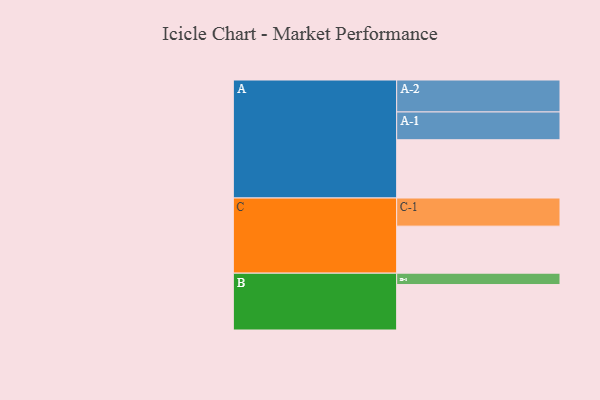
{"axis": {"x": "Segment", "y": "Value"}, "legend": ["", "A", "B", "C"], "data": [{"x": "A", "y": 518, "type": ""}, {"x": "B", "y": 404, "type": ""}, {"x": "C", "y": 418, "type": ""}, {"x": "A-1", "y": 247, "type": "A"}, {"x": "A-2", "y": 284, "type": "A"}, {"x": "B-1", "y": 101, "type": "B"}, {"x": "C-1", "y": 250, "type": "C"}]}